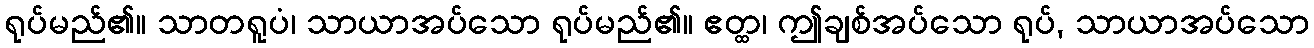
ရုပ်မည်၏။ သာတရူပံ၊ သာယာအပ်သော ရုပ်မည်၏။ ဧတ္ထ၊ ဤချစ်အပ်သော ရုပ်, သာယာအပ်သော